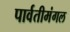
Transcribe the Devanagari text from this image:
पार्वतीमंगल